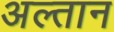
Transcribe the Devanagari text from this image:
अल्तान